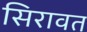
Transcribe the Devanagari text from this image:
सिरावत